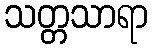
သတ္တသာရာ